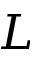
L